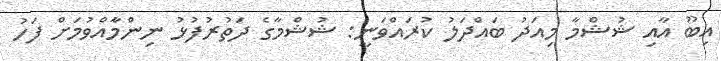
އިބޫ އާއި ޝުޝްމާ މިއަދު ބައްދަލު ކުރައްވަނީ: ޝުޝްމާގެ ދަތުރުފުޅު ނިންމާެއްވުމަށް ފަހު